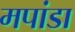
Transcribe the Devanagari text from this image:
मपांडा